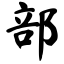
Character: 部